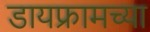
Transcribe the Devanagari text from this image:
डायफ्रामच्या